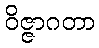
ဝိဇ္ဇာဂတာ